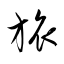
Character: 旅